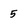
Character: 5